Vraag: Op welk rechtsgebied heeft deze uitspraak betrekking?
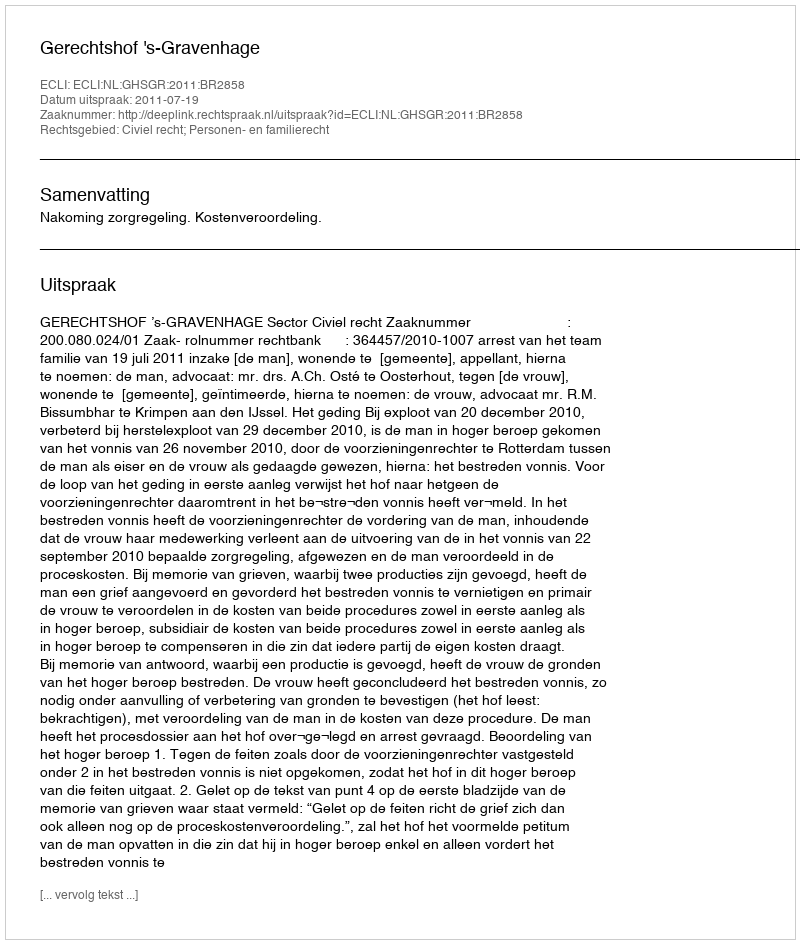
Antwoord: Civiel recht; Personen- en familierecht